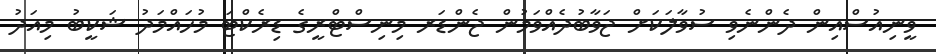
ވީނިއުސްއިން ދެންނެވި ސުވާލަކަށް ޖަވާބުދެއްވަމުން ޖެންޑަރ މިނިސްޓްރީގެ ޑިރެކްޓަ މުހައްމަދު ޝަކީބު މިއަދު